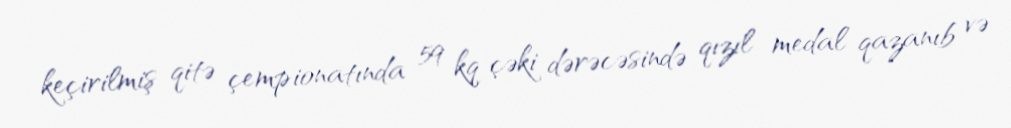
keçirilmiş qitə çempionatında 59 kq çəki dərəcəsində qızıl medal qazanıb və